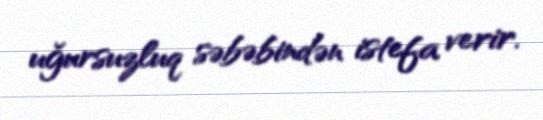
uğursuzluq səbəbindən istefa verir.